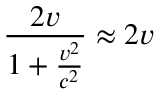
\frac { 2 v } { 1 + \frac { v ^ { 2 } } { c ^ { 2 } } } \approx 2 v